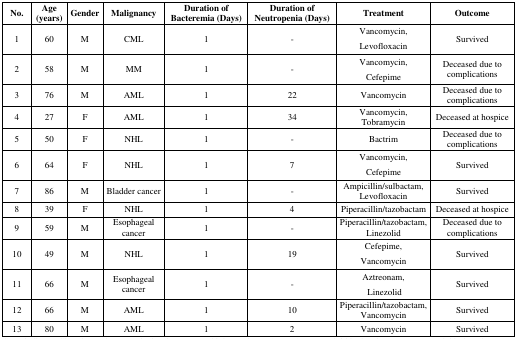
<table><thead><tr><td><b>No.</b></td><td><b>Age (years)</b></td><td><b>Gender</b></td><td><b>Malignancy</b></td><td><b>Duration of Bacteremia (Days)</b></td><td><b>Duration of Neutropenia (Days)</b></td><td><b>Treatment</b></td><td><b>Outcome</b></td></tr></thead><tbody><tr><td>1</td><td>60</td><td>M</td><td>CML</td><td>1</td><td>-</td><td>Vancomycin, Levofloxacin</td><td>Survived</td></tr><tr><td>2</td><td>58</td><td>M</td><td>MM</td><td>1</td><td>-</td><td>Vancomycin, Cefepime</td><td>Deceased due to complications</td></tr><tr><td>3</td><td>76</td><td>M</td><td>AML</td><td>1</td><td>22</td><td>Vancomycin</td><td>Deceased due to complications</td></tr><tr><td>4</td><td>27</td><td>F</td><td>AML</td><td>1</td><td>34</td><td>Vancomycin, Tobramycin</td><td>Deceased at hospice</td></tr><tr><td>5</td><td>50</td><td>F</td><td>NHL</td><td>1</td><td>-</td><td>Bactrim</td><td>Deceased due to complications</td></tr><tr><td>6</td><td>64</td><td>F</td><td>NHL</td><td>1</td><td>7</td><td>Vancomycin, Cefepime</td><td>Survived</td></tr><tr><td>7</td><td>86</td><td>M</td><td>Bladder cancer</td><td>1</td><td>-</td><td>Ampicillin/sulbactam, Levofloxacin</td><td>Survived</td></tr><tr><td>8</td><td>39</td><td>F</td><td>NHL</td><td>1</td><td>4</td><td>Piperacillin/tazobactam</td><td>Deceased at hospice</td></tr><tr><td>9</td><td>59</td><td>M</td><td>Esophageal cancer</td><td>1</td><td>-</td><td>Piperacillin/tazobactam, Linezolid</td><td>Deceased due to complications</td></tr><tr><td>10</td><td>49</td><td>M</td><td>NHL</td><td>1</td><td>19</td><td>Cefepime, Vancomycin</td><td>Survived</td></tr><tr><td>11</td><td>66</td><td>M</td><td>Esophageal cancer</td><td>1</td><td>-</td><td>Aztreonam, Linezolid</td><td>Survived</td></tr><tr><td>12</td><td>66</td><td>M</td><td>AML</td><td>1</td><td>10</td><td>Piperacillin/tazobactam, Vancomycin</td><td>Survived</td></tr><tr><td>13</td><td>80</td><td>M</td><td>AML</td><td>1</td><td>2</td><td>Vancomycin</td><td>Survived</td></tr></tbody></table>